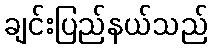
ချင်းပြည်နယ်သည်